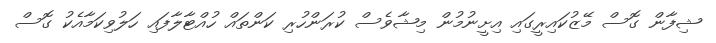
ޝިފާން ގޮސް މޭޒުކައިރީގައި އިށީނުމުން މިޝާވެސް ކުރަންހުރި ކަންތައް ހުއްޓާލާފައި ހަލުވިކަމާއެކު ގޮސް